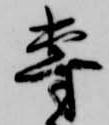
専